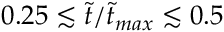
0 . 2 5 \lesssim \tilde { t } / \tilde { t } _ { m a x } \lesssim 0 . 5